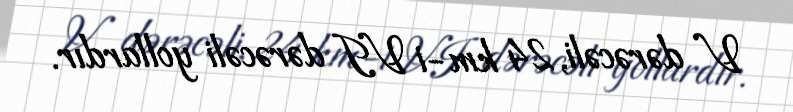
V dərəcəli, 24 km-i VI dərəcəli yollardır.